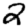
Digit: 2